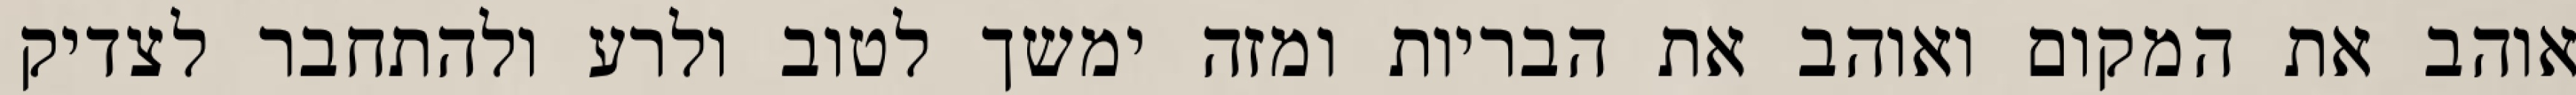
אוהב את המקום ואוהב את הבריות ומזה ימשך לטוב ולרע ולהתחבר לצדיק